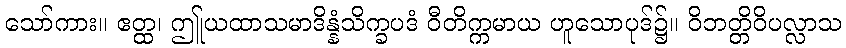
သော်ကား။ ဧတ္ထ၊ ဤုယထာသမာဒိန္နံသိက္ခပဒံ ဝီတိက္ကမာယ ဟူသောပုဒ်၌။ ဝိဘတ္တိဝိပလ္လာသ